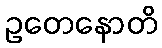
ဥတေနောတိ